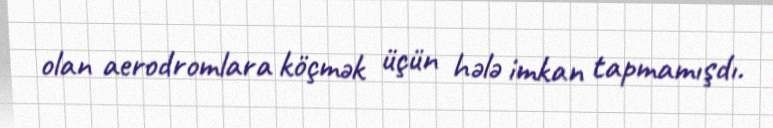
olan aerodromlara köçmək üçün hələ imkan tapmamışdı.